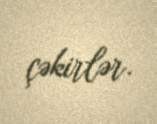
çəkirlər.